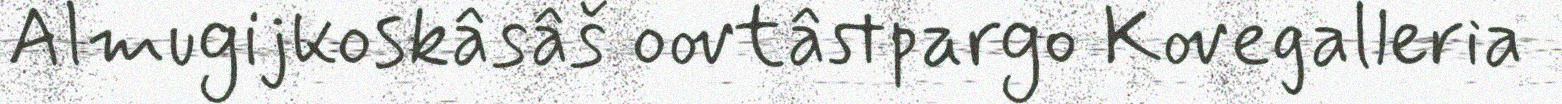
Almugijkoskâsâš oovtâstpargo Kovegalleria